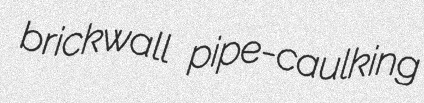
brickwall pipe-caulking